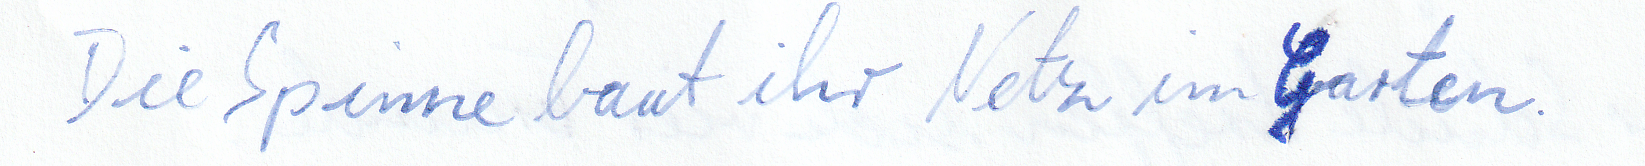
Die Spinne baut ihr Netz im Garten.